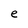
Character: e